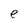
Character: e